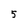
Character: 5